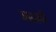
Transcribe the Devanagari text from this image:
आग्राची